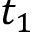
t _ { 1 }